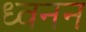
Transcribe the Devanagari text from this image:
ध्वनन